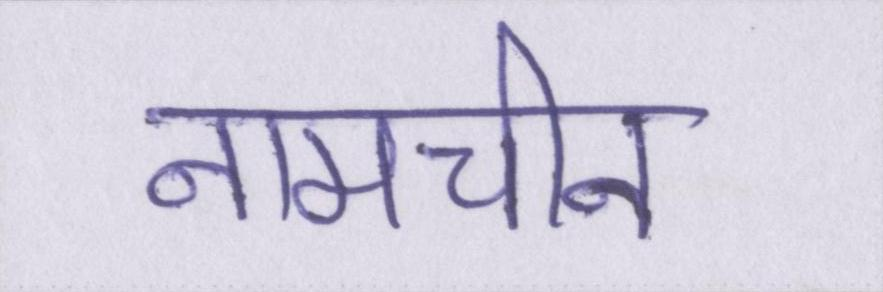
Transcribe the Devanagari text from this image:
नामचीन